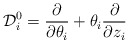
\begin{align*}{\cal D}^0_i = {\partial\over \partial \theta_i} +\theta_i {\partial\over \partial z_i}\end{align*}